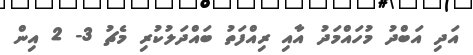
އަދި އަބްދު މުހައްމަދު އާއި ރިއްފަތު ބައްދަލުކުރި މެޗު 3- 2 އިން